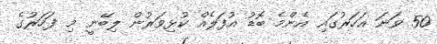
50 ވަނަ އަހަރުގައި އެންމެ ބޮޑު އުފަލެއް ކުޅިވަރުން ލިބޭނީ މި ފަހަރުގެ